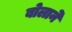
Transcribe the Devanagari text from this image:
बोलाने